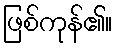
ဖြစ်ကုန်၏။